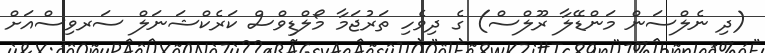
(ދި ނެލްސަން މަންޑޭލާ ރޫލްސް) ގެ ދިވެހި ތަރުޖަމާ މޯލްޑިވްސް ކަރެކްޝަނަލް ސަރވިސްއަށް